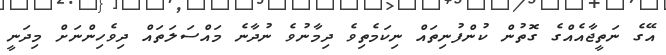
އޭގެ ނަތީޖާއެއްގެ ގޮތުން ކުންފުނިތައް ނިކަމެތިވެ ދިމާނުވެ ނުދާނެ މައްސަލަތައް ދިވެހިންނަށް މިދަނީ